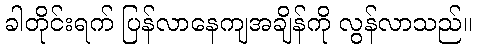
ခါတိုင်းရက် ပြန်လာနေကျအချိန်ကို လွန်လာသည်။